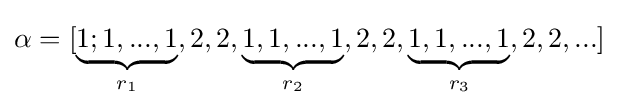
\alpha =[\underbrace {1;1,...,1} _{r_{1}},2,2,\underbrace {1,1,...,1} _{r_{2}},2,2,\underbrace {1,1,...,1} _{r_{3}},2,2,...]